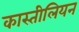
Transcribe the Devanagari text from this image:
कास्तीलियन